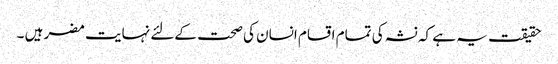
حقیقت یہ ہے کہ نشہ کی تمام اقسام انسان کی صحت کےلئے نہایت مضر ہیں ۔